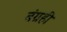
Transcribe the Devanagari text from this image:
बंग्रही